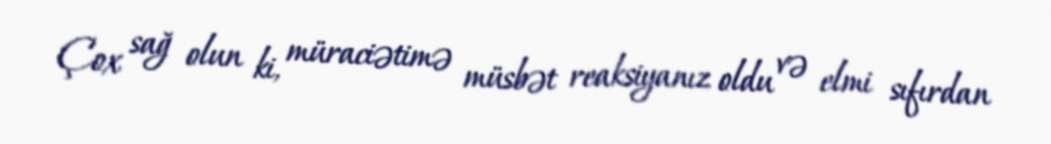
Çox sağ olun ki, müraciətimə müsbət reaksiyanız oldu və elmi sıfırdan